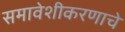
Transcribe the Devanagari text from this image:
समावेशीकरणाचे